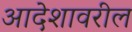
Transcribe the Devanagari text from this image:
आदेशावरील